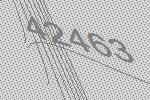
42463